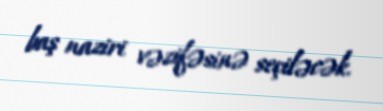
baş naziri vəzifəsinə seçiləcək.